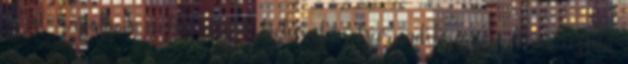
"Jól rajtoltunk, a kilencedik helyről a harmadikra ugrottam, aztán